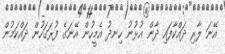
އޭނަ ލާރި ދައްކާފައި ދާން އުޅުނު ހިނދު އެމީހުން އޭނަގެ ފުރަގަހުން ދައްކަމުން